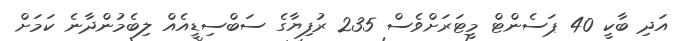
އަދި ބާކީ 40 ޕަސެންޓް މީޓަރަށްވެސް 235 ރުފިޔާގެ ސަބްސިޑީއެއް ލިބެމުންދާނެ ކަމަށް